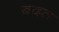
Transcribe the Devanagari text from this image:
बदत